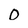
Character: 0